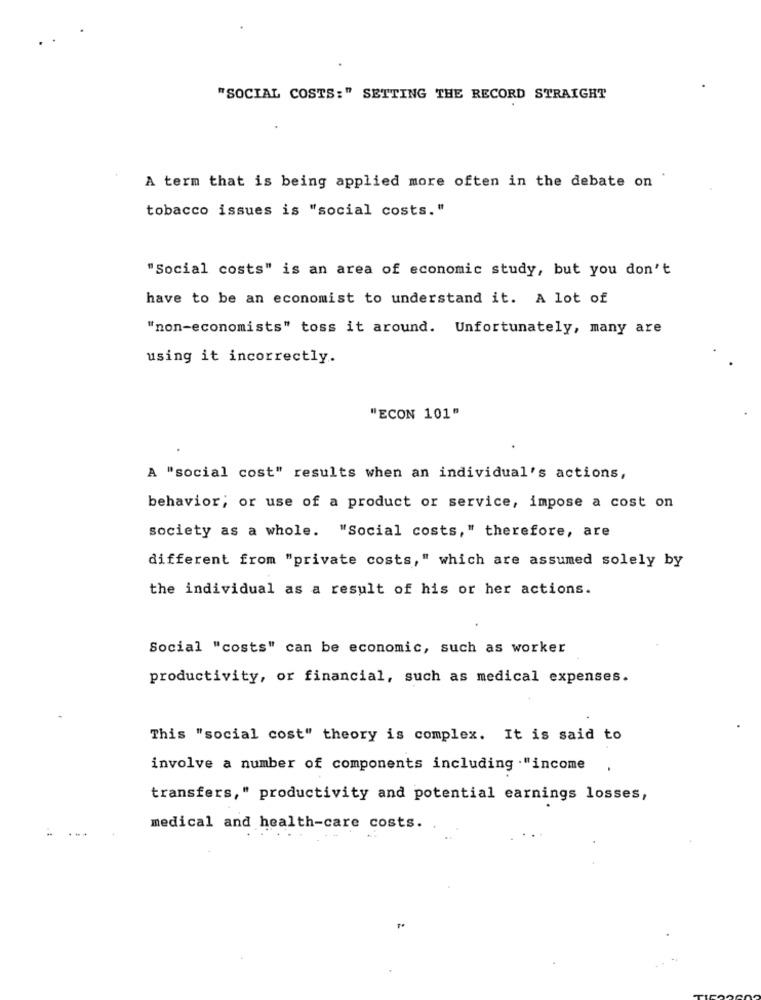
"SOCIAL COSTS:" SETTING THE RECORD STRAIGHT
A term that is being applied more often in the debate on
tobacco issues is "social costs."
"Social costs" is an area of economic study, but you don't
have to be an economist to understand it. A lot of
"non-economists" toss it around. Unfortunately, many are
using it incorrectly.
"ECON 101"
A "social cost" results when an individual's actions,
behavior; or use of a product or service, impose a cost on
society as a whole. "Social costs," therefore, are
different from "private costs," which are assumed solely by
the individual as a result of his or her actions.
Social "costs" can be economic, such as worker
productivity, or financial, such as medical expenses.
This "social cost" theory is complex. It is said to
involve a number of components including ."income
transfers," productivity and potential earnings losses,
medical and health-care costs.